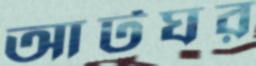
আটঘর